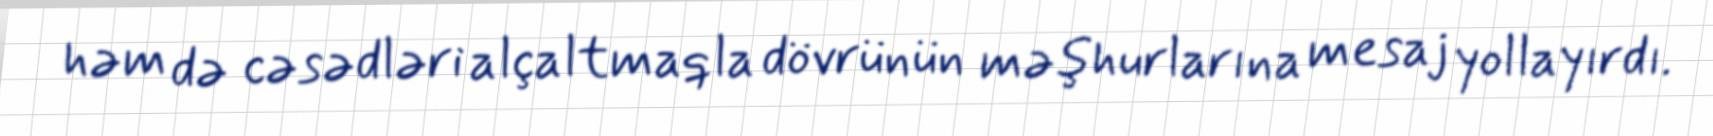
həm də cəsədləri alçaltmaqla dövrünün məşhurlarına mesaj yollayırdı.